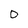
Character: 0